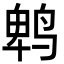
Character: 鹎